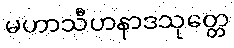
မဟာသီဟနာဒသုတ္တေ